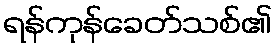
ရန်ကုန်ခေတ်သစ်၏